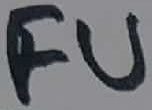
Text: FU